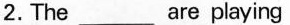
2.The ___ are playing